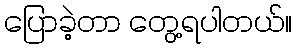
ပြောခဲ့တာ တွေ့ရပါတယ်။